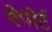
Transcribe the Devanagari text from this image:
मेपोर्ट